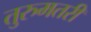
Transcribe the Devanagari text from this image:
तुरुमतरी